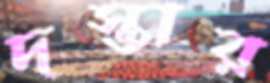
দস্তার